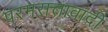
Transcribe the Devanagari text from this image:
परमसत्तावादी